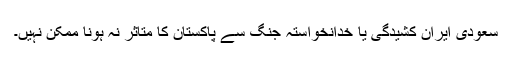
سعودی ایران کشیدگی یا خدانخواستہ جنگ سے پاکستان کا متاثر نہ ہونا ممکن نہیں۔